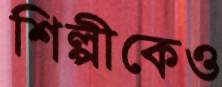
শিল্পীকেও